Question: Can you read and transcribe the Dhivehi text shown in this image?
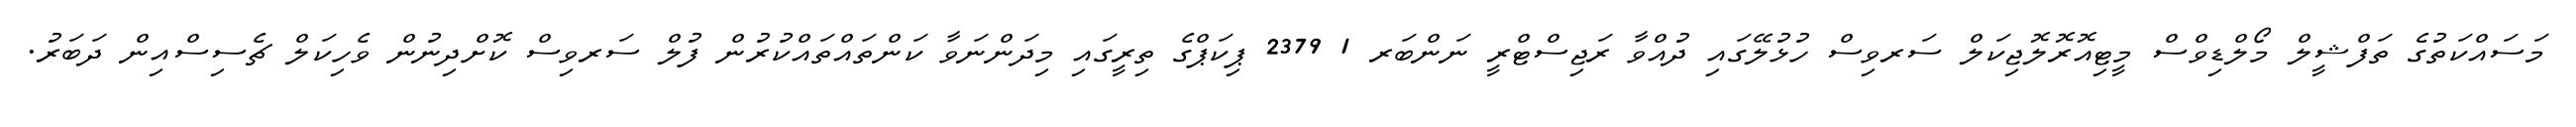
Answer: މަސައްކަތުގެ ތަފްޝީލް މޯލްޑިވްސް މީޓިއޮރޮލޮޖިކަލް ސަރވިސް ހުޅުލޭގައި ދުއްވާ ރަޖިސްޓްރީ ނަންބަރ 1 2379 ޕިކަޕްގެ ތިރީގައި މިދަންނަވާ ކަންތައްތައްކުރުން ފުލް ސަރވިސް ކޮށްދިނުން ވެހިކަލް ޗެސިސްއިން ދަބަރު.